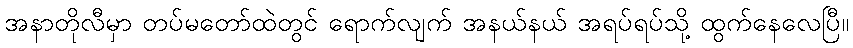
အနာတိုလီမှာ တပ်မတော်ထဲတွင် ရောက်လျက် အနယ်နယ် အရပ်ရပ်သို့ ထွက်နေလေပြီ။